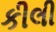
કીલી